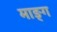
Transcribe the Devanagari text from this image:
माङ्ग